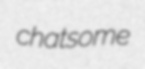
chatsome